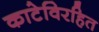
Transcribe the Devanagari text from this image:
काटेविरहित